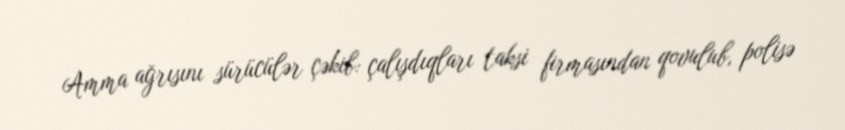
Amma ağrısını sürücülər çəkib: çalışdıqları taksi firmasından qovulub, polisə